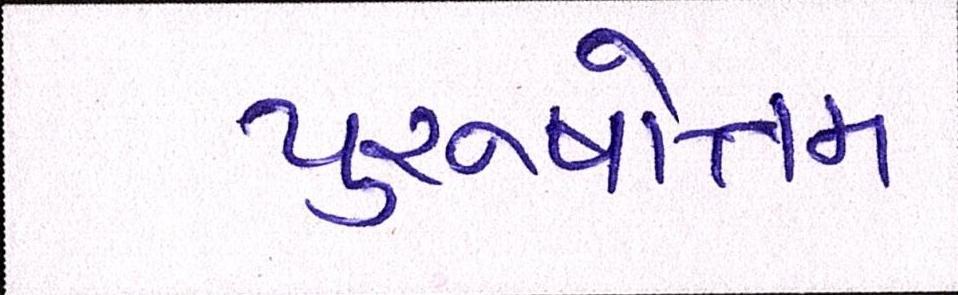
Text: પુરુષોત્તમ